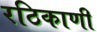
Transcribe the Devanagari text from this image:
रठिकाणी